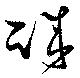
誠